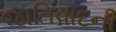
જાતિવાદની